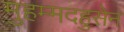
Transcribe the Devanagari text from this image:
मुहम्मदहुसेन